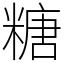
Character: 糖